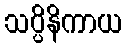
သပ္ပိနိကာယ